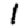
Digit: 1